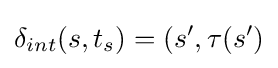
\delta _{int}(s,t_{s})=(s',\tau (s')